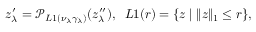
z _ { \lambda } ^ { \prime } = \mathcal { P } _ { L 1 ( \nu _ { \lambda } \gamma _ { \lambda } ) } ( z _ { \lambda } ^ { \prime \prime } ) , \; \; L 1 ( r ) = \{ z \; | \; \| z \| _ { 1 } \le r \} ,